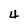
Character: 4